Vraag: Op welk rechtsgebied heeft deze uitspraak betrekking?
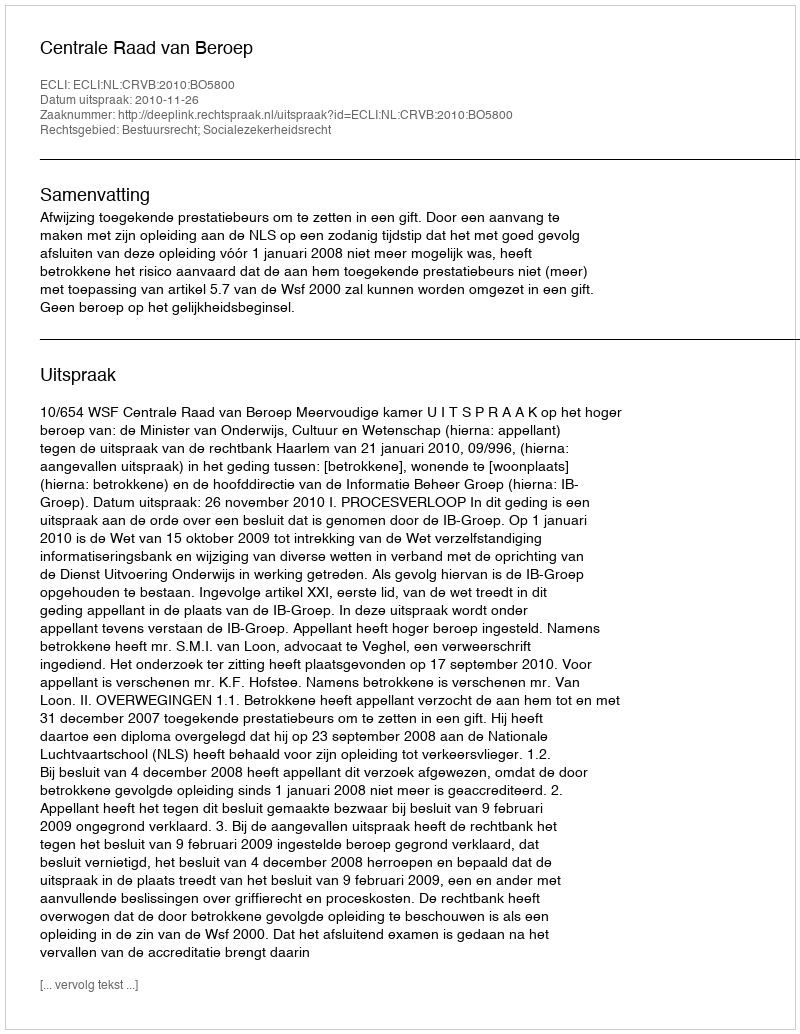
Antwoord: Bestuursrecht; Socialezekerheidsrecht